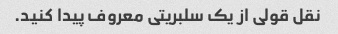
نقل قولی از یک سلبریتی معروف پیدا کنید.